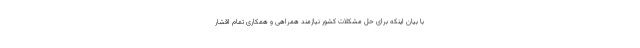
با بیان اینکه برای حل مشکلات کشور نیازمند همراهی و همکاری تمام اقشار